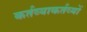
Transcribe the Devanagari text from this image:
कर्तव्याकर्तव्यों